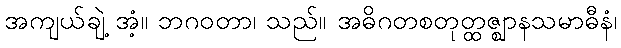
အကျယ်ချဲ့ အံ့။ ဘဂဝတာ၊ သည်။ အဓိဂတစတုတ္ထဇ္ဈာနသမာဓီနံ၊